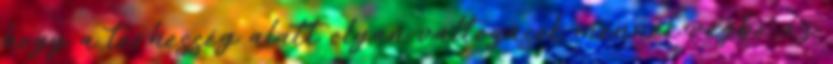
hogy a terhesség alatt olyan változások mennek végbe az